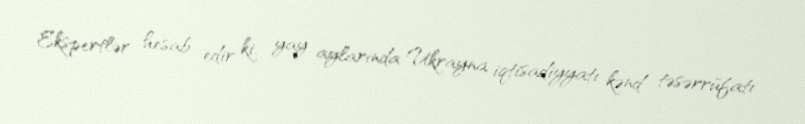
Ekspertlər hesab edir ki, yay aylarında Ukrayna iqtisadiyyatı kənd təsərrüfatı